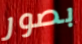
بصور